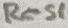
Text: Res1